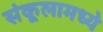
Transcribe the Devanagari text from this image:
संकूलामध्ये